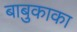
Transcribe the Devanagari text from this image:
बाबुकाका